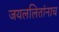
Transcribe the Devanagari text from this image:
जयललितांनाच